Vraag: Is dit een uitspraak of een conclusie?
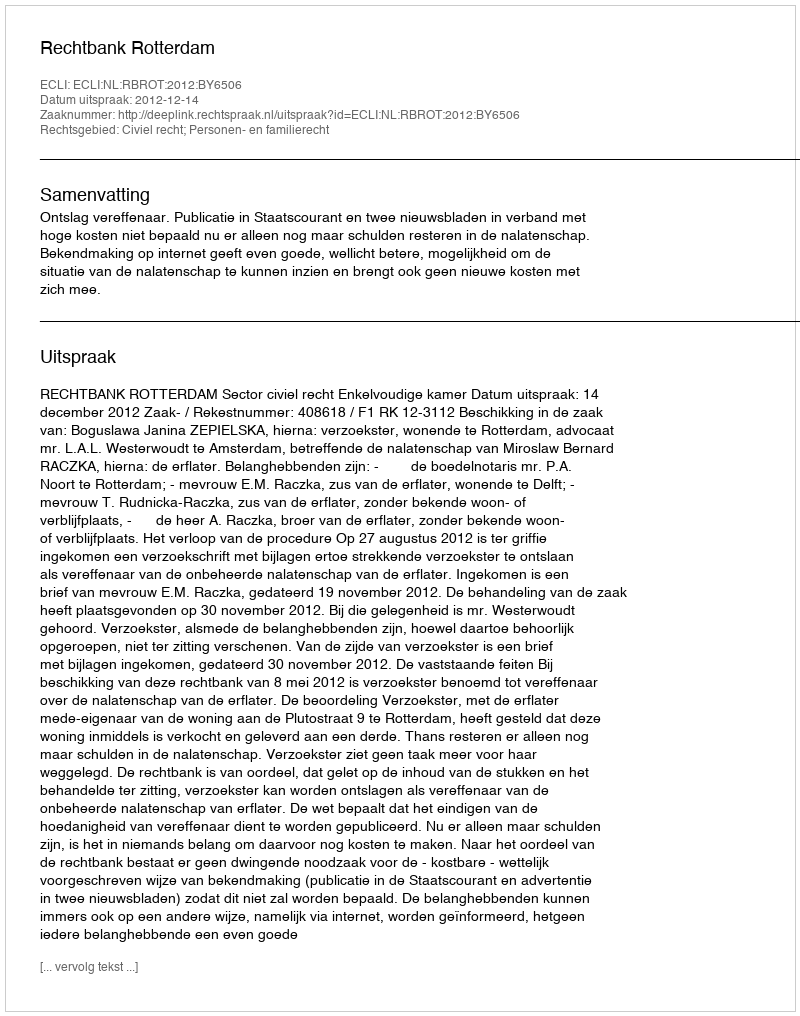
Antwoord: Uitspraak